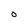
Character: O